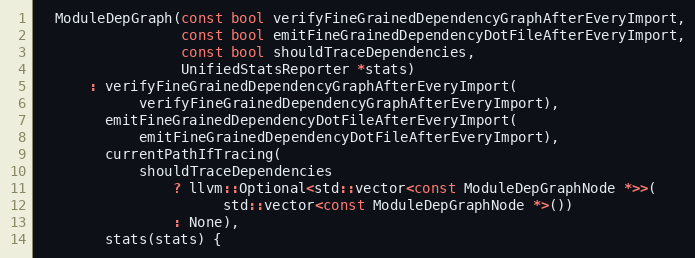
Language: C
  ModuleDepGraph(const bool verifyFineGrainedDependencyGraphAfterEveryImport,
                 const bool emitFineGrainedDependencyDotFileAfterEveryImport,
                 const bool shouldTraceDependencies,
                 UnifiedStatsReporter *stats)
      : verifyFineGrainedDependencyGraphAfterEveryImport(
            verifyFineGrainedDependencyGraphAfterEveryImport),
        emitFineGrainedDependencyDotFileAfterEveryImport(
            emitFineGrainedDependencyDotFileAfterEveryImport),
        currentPathIfTracing(
            shouldTraceDependencies
                ? llvm::Optional<std::vector<const ModuleDepGraphNode *>>(
                      std::vector<const ModuleDepGraphNode *>())
                : None),
        stats(stats) {